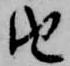
由